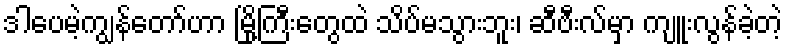
ဒါပေမဲ့ကျွန်တော်ဟာ မြို့ကြီးတွေထဲ သိပ်မသွားဘူး၊ ဆီဗီးလ်မှာ ကျူးလွန်ခဲ့တဲ့